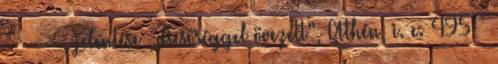
Περικλῆς, jelentése „dicsőséggel övezett”, Athén, i. e. 495 –